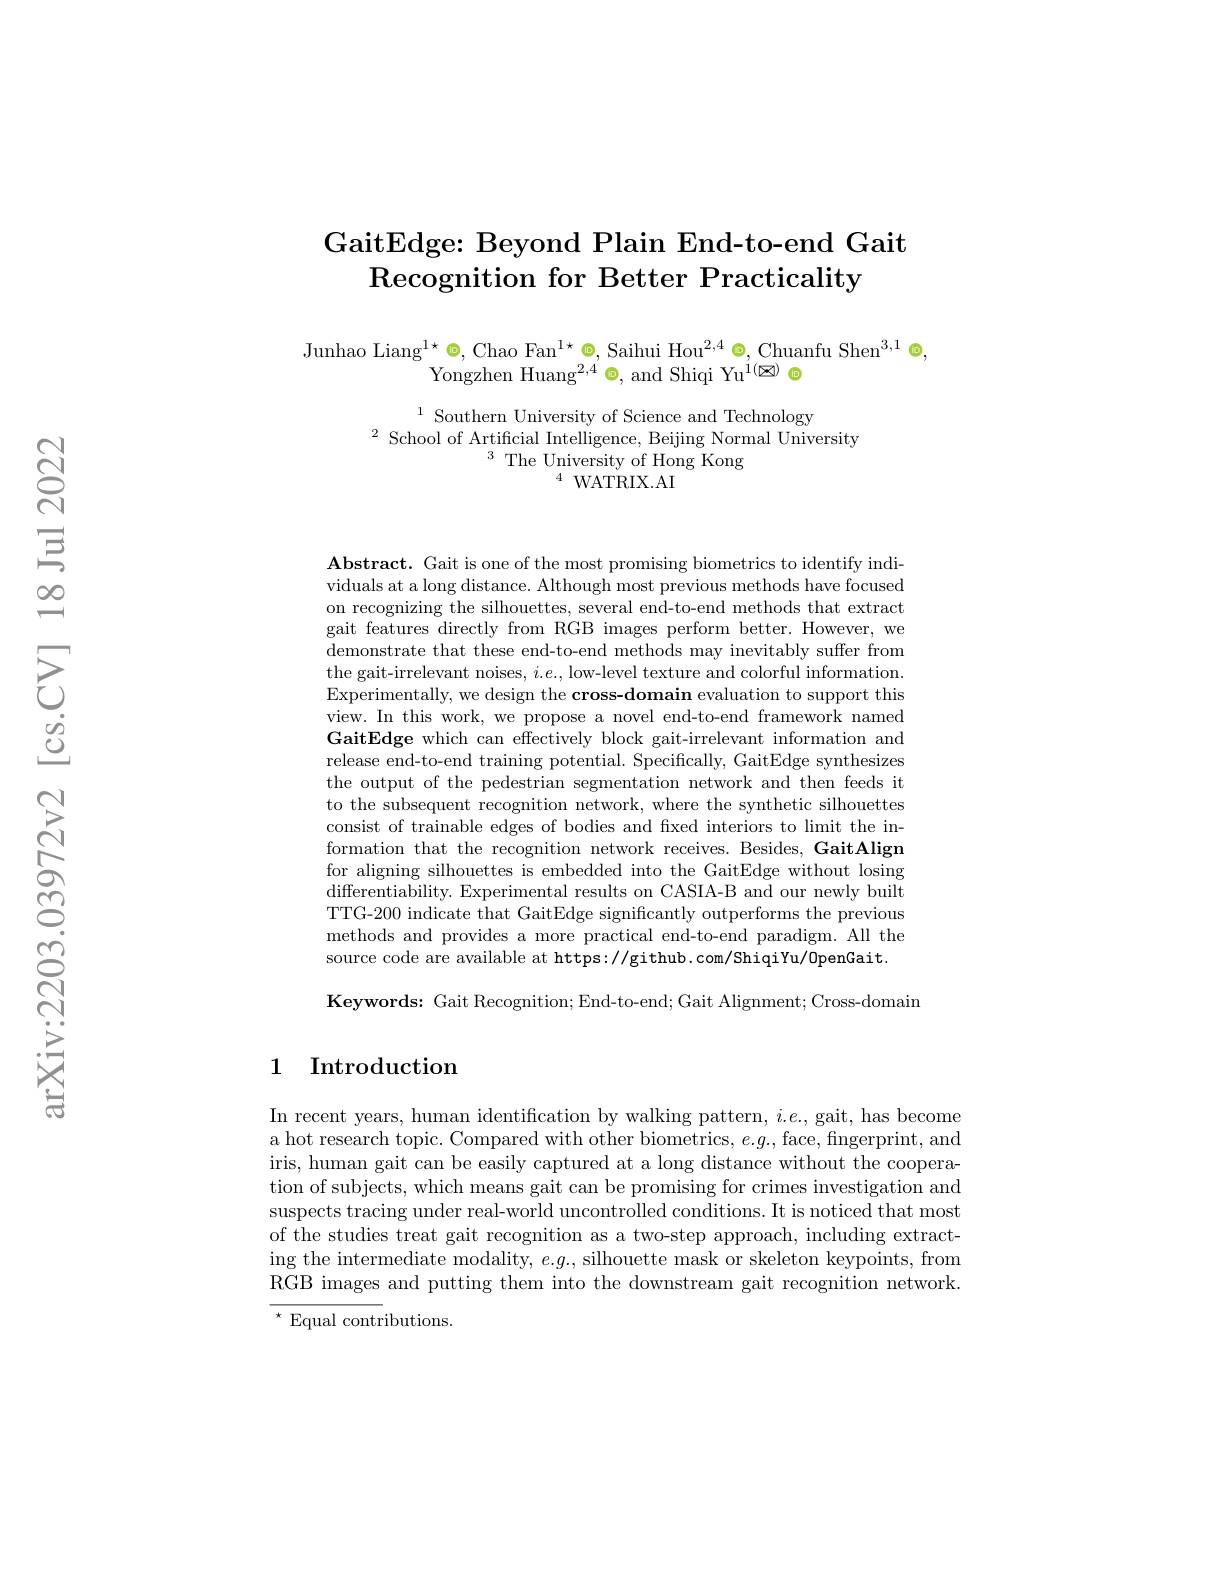
## GaitEdge: Beyond Plain End-to-end Gait Recognition for Better Practicality

Junhao Liang$^1\star\otimes$, Chao Fan$^{1\star}\otimes,\text{SaihuiHou}^{2,4}\otimes$,Chuanfu Shen$^3,1\otimes$
Yongzhen Huang$^{2,4}$ o, and Shiqi Yu$^{1(\boxtimes)}$ ◉

$^{1}$ Southern University of Science and Technology
$^{2}$ School of Artificial Intelligence, Beijing Normal University
$^3{\mathrm{~The~University~of~Hong~Kong}}$
$4WATRIX.AI$

$\mathbf{Abstract.~Gait~is~one~of~the~most~promising~biometrics~to~identify~indi-~}$ viduals at a long distance. Although most previous methods have focused on recognizing the silhouettes, several end-to-end methods that extract gait features directly from RGB images perform better. However, we demonstrate that these end-to-end methods may inevitably suffer from the gait-irrelevant noises, $i.e.$, low-level texture and colorful information. Experimentally, we design the cross-domain evaluation to support this view. In this work, we propose a novel end-to-end framework named GaitEdge which can effectively block gait-irrelevant information and release end-to-end training potential. Specifically, GaitEdge synthesizes the output of the pedestrian segmentation network and then feeds it to the subsequent recognition network, where the synthetic silhouettes consist of trainable edges of bodies and fixed interiors to limit the information that the recognition network receives. Besides, GaitAlign for aligning silhouettes is embedded into the GaitEdge without losing differentiability. Experimental results on CASIA-B and our newly built TTG-200 indicate that GaitEdge significantly outperforms the previous methods and provides a more practical end-to-end paradigm. All the source code are available at https://github.com/ShiqiYu/0penGait.

Keywords: Gait Recognition; End-to-end; Gait Alignment; Cross-domain

## 1 Introduction

In recent years, human identification by walking pattern, $i.e.$, gait, has become a hot research topic. Compared with other biometrics, e.g., face, fngerprint, and iris, human gait can be easily captured at a long distance without the cooperation of subjects, which means gait can be promising for crimes investigation and suspects tracing under real-world uncontrolled conditions. It is noticed that most of the studies treat gait recognition as a two-step approach, including extracting the intermediate modality, $e.g.$, silhouette mask or skeleton keypoints, from RGB images and putting them into the downstream gait recognition network. $^{\star}$Equal contributions.